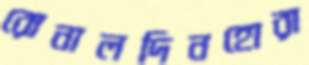
রোনালদিনহোরা